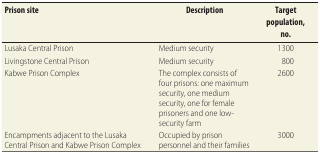
<table><thead><tr><td><b>Prison site</b></td><td><b>Description</b></td><td><b>Target population, no.</b></td></tr></thead><tbody><tr><td>Lusaka Central Prison</td><td>Medium security</td><td>1300</td></tr><tr><td>Livingstone Central Prison</td><td>Medium security</td><td>800</td></tr><tr><td>Kabwe Prison Complex</td><td>The complex consists of four prisons: one maximum security, one medium security, one for female prisoners and one low-security farm</td><td>2600</td></tr><tr><td>Encampments adjacent to the Lusaka Central Prison and Kabwe Prison Complex</td><td>Occupied by prison personnel and their families</td><td>3000</td></tr></tbody></table>